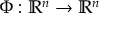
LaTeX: \Phi : \mathbb { R } ^ { n } \to \mathbb { R } ^ { n }